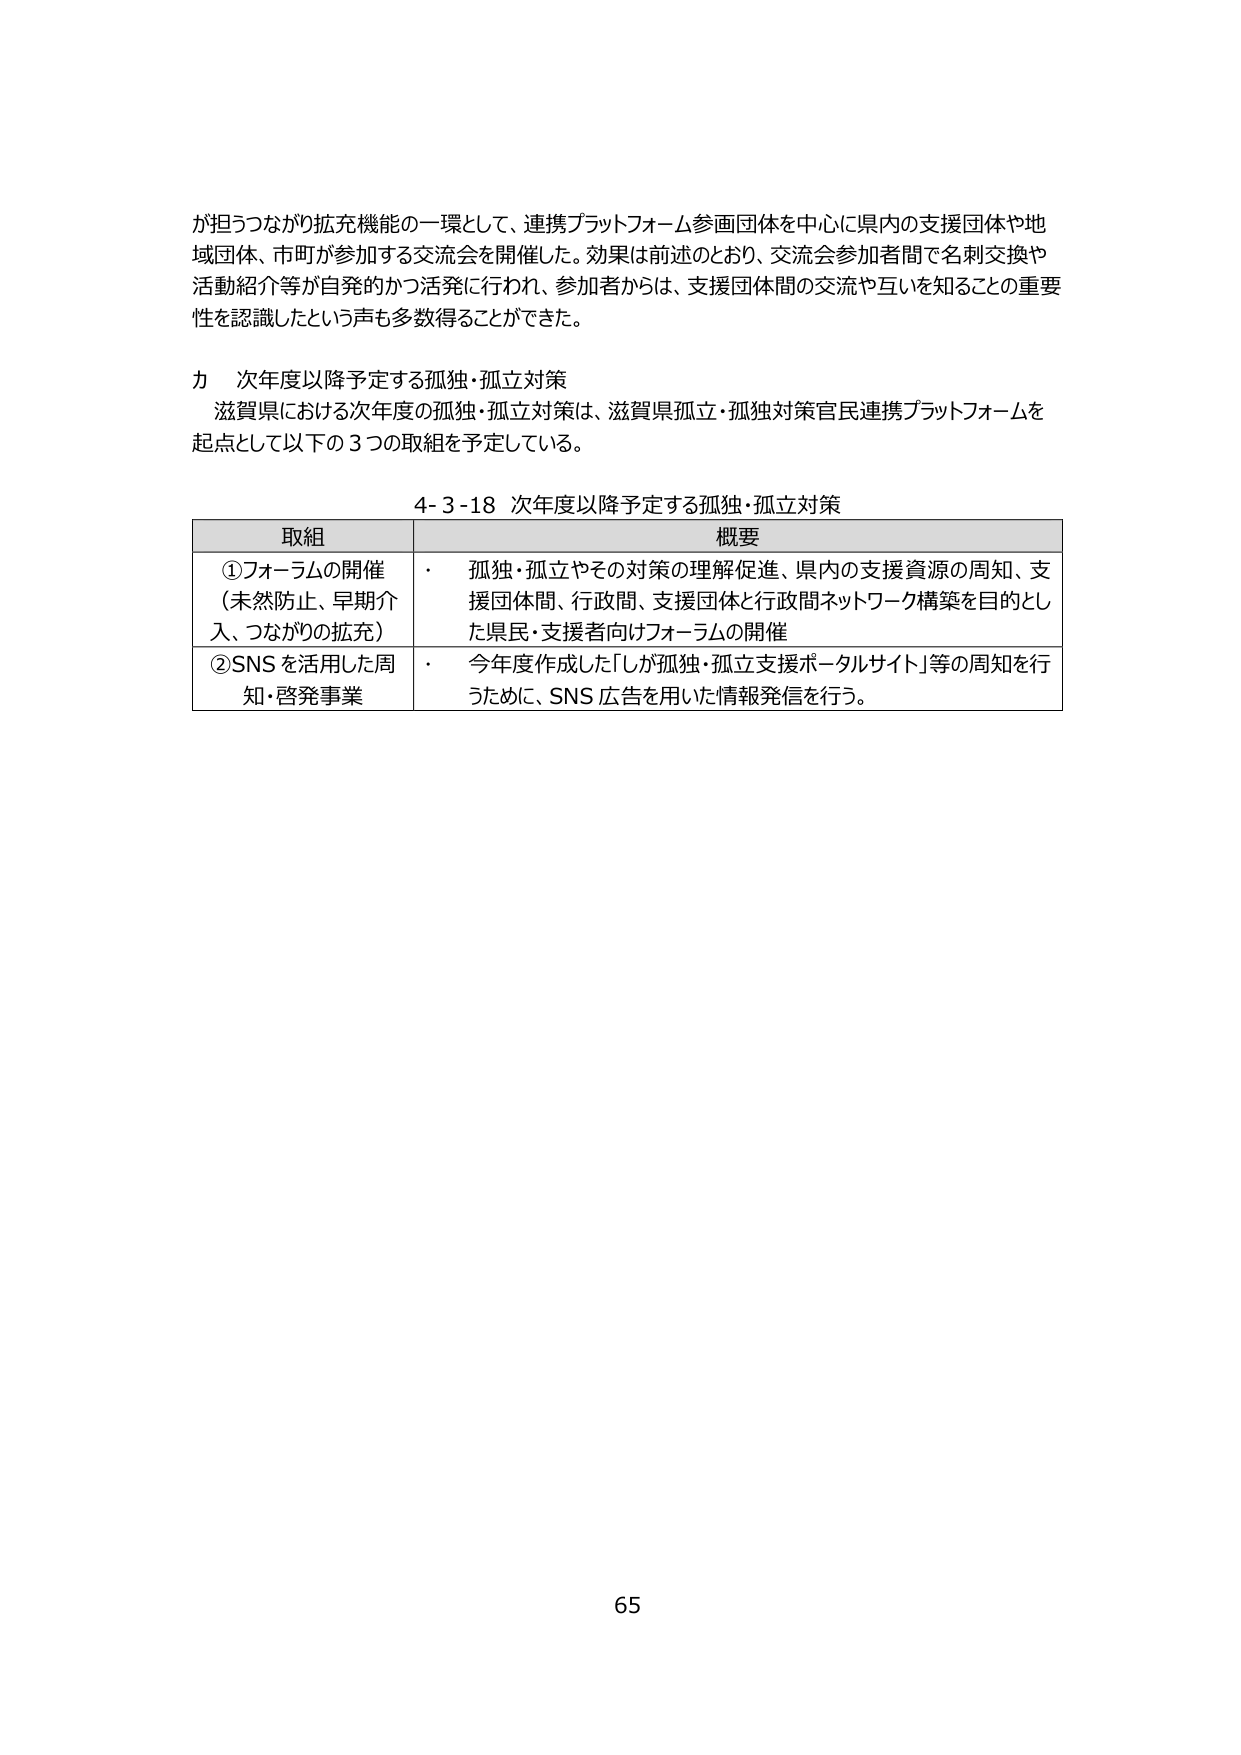
が担うつながり拡充機能の一環として、連携プラットフォーム参画団体を中心に県内の支援団体や地域団体、市町が参加する交流会を開催した。効果は前述のとおり、交流会参加者間で名刺交換や活動紹介等が自発的かつ活発に行われ、参加者からは、支援団体間の交流や互いを知ることの重要性を認識したという声も多数得ることができた。

カ 次年度以降予定する孤独・孤立対策
滋賀県における次年度の孤独・孤立対策は、滋賀県孤立・孤独対策官民連携プラットフォームを起点として以下の3つの取組を予定している。

4-3-18 次年度以降予定する孤独・孤立対策

取組 概要
①フォーラムの開催（未然防止、早期介入、つながりの拡充）・ 孤独・孤立やその対策の理解促進、県内の支援資源の周知、支援団体間、行政間、支援団体と行政間ネットワーク構築を目的とした県民・支援者向けフォーラムの開催
②SNSを活用した周知・啓発事業・ 今年度作成した「しが孤独・孤立支援ポータルサイト」等の周知を行うために、SNS広告を用いた情報発信を行う。

65